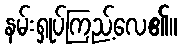
နမ်းရှုပ်ကြည့်လေ၏။